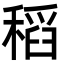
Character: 稻